Investigations on Bengal jail dietaries - Number 37
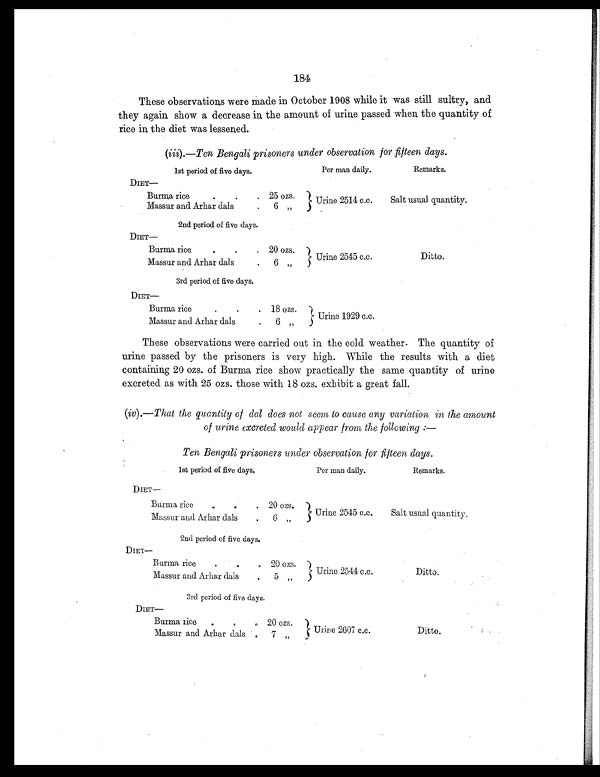
184
These observations were made in October 1908 while it was still sultry, and
they again show a decrease in the amount of urine passed when the quantity of
rice in the diet was lessened.
(iii).— Ten Bengali prisoners under observation for fifteen days.
1st period of five days.
Per man daily.
Remarks.
D I E T —
Burma rice
. .
. 25 ozs.
Urine 2514 c.c.
Salt usual quantity.
Massur and Arhar dals
.
6
„
2nd period of five days.
DIET—
Burma rice
.
.
. 20 ozs.
Urine 2545 c.c.
Ditto.
Massur and Arhar dals
.
6
„
3rd period of five days.
D I E T —
Burma rice
.
. . 18 ozs.
Urine 1929 c.c
Massur and Arhar dals
.
6 „
These observations were carried out in the cold weather. The quantity of
urine passed by the prisoners is very high. While the results with a diet
containing 20 ozs. of Burma rice show practically the same quantity of urine
excreted as with 25 ozs. those with 18 ozs. exhibit a great fall.
(iv).— That the quantity of dal does not seem to cause any variation in the amoun
t of urine excreted would appear from the following: —
Ten Bengali prisoners under observation for fifteen days.
1st peri od of fi ve days.
Per man daily.
Remarks.
D I E T —
Burma rice
.
.
. 20 ozs.
Urine 2545 c.c.
Salt usual quantity.
Massur and Arhar dals
.
6 „
2nd period of five days.
DIET—
Burma rice
.
.
. 20 ozs.
Urine 2544 c.c.
Ditto.
Massur and Arhar dals
.
5 „
3rd period of five days.
D I E T —
Burma rice
.
. . 20 ozs.
Urine 2607 c.c.
Ditto.
Massur and Arhar dals .
7
„